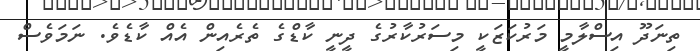
ތިނަދޫ އިސްލާމީ މަރުކަޒަކީ މިސަރުކާރުގެ ދީނީ ކާޑްގެ ތެރެއިން އެއް ކާޑެވެ. ނަމަވެސް